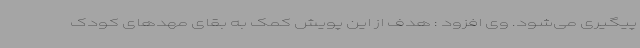
پیگیری می‌شود. وی افزود : هدف از این پویش کمک به بقای مهدهای کودک